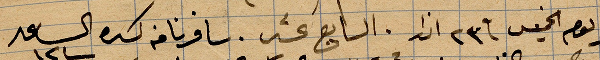
يوم الخميس في ٢٣ اذار السابع عشر سافرنا كسره الساعة ١٢